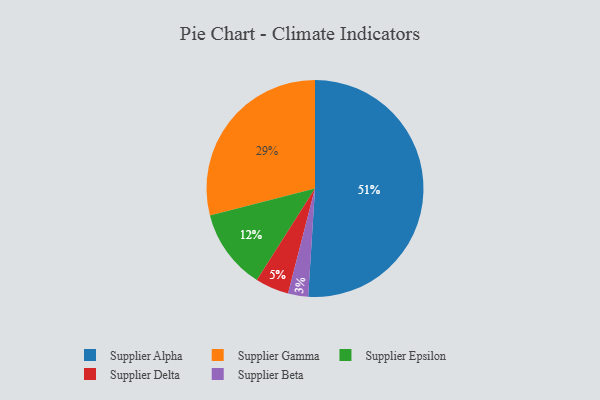
{"axis": {"x": "Category", "y": "Percentage"}, "legend": ["Supplier Alpha", "Supplier Beta", "Supplier Delta", "Supplier Epsilon", "Supplier Gamma"], "data": [{"x": "Supplier Epsilon", "y": 12, "type": "Supplier Epsilon"}, {"x": "Supplier Alpha", "y": 51, "type": "Supplier Alpha"}, {"x": "Supplier Delta", "y": 5, "type": "Supplier Delta"}, {"x": "Supplier Beta", "y": 3, "type": "Supplier Beta"}, {"x": "Supplier Gamma", "y": 29, "type": "Supplier Gamma"}]}